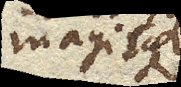
magisque